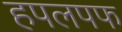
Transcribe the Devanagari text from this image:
हपलपफ